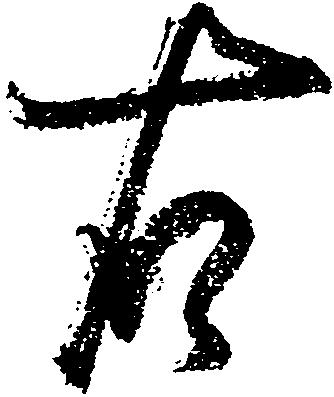
右